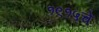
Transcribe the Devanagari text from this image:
१९१५चे